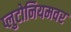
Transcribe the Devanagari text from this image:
प्लुटोनियमवर